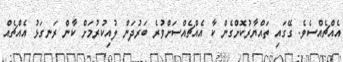
އެއްޗެއްސެވެ. ގޭގައި ތައްޔާރުކޮށްގެން ކާ އެއްޗެއްސަށްވުރެ ބަރުދަން ލުއިކުރުމަށް ކާން ރަނގަޅު އެއްޗެއް